Vaccination returns of the Province of Eastern Bengal and Assam - 1905-1912
Year: 1905
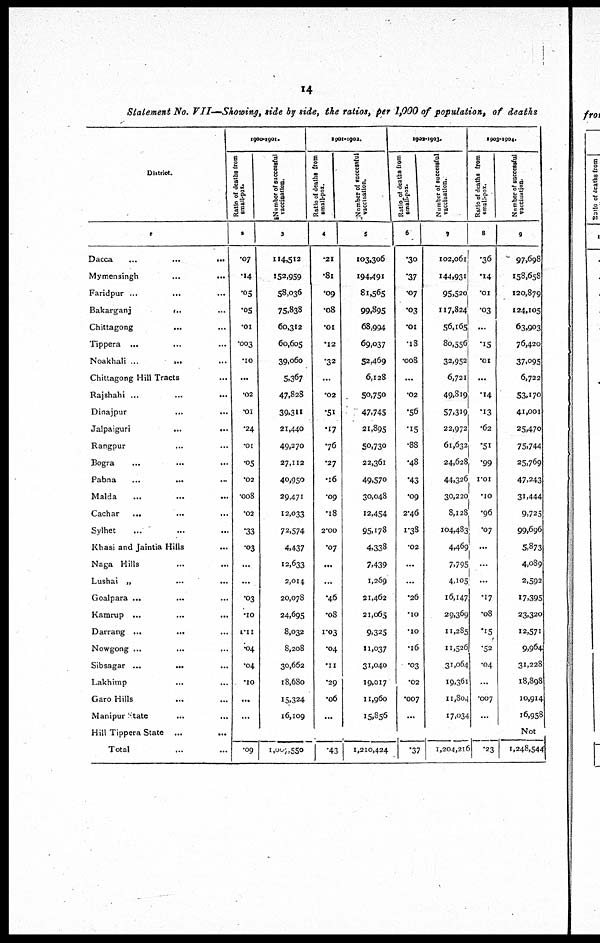
14
Statement No. VII— Showing, side by side, the ratios, per 1,000 of population, of deaths
District.
1
Dacca
...
...
...
Mymensingh
...
...
Faridpur ...
...
Bakarganj
... ...
Chittagong
... ...
Tippera ... ... ...
Noakhali ...
...
...
Chittagong Hill Tracts ...
Rajshahi ...
...
...
Dinajpur
... ...
Jalpaiguri
...
...
Rangpur ... ...
Bogra ... ... ...
Pabna ... ... ...
Malda
... ... ...
Cachar
...
...
...
Sylhet ... ... ...
Khasi and Jaintia Hills ...
Naga Hills ... ...
Lushai „
...
...
Goalpara ...
... ...
Kamrup ...
...
...
Darrang ...
... ...
Nowgong ... ... ...
Sibsagar ...
...
...
Lakhimp
...
...
Garo Hills
... ...
Manipur
State
...
...
Hill Tippera State ... ...
Total
1900-1901.
Ratio of deaths from
small-pox.
2
.07
.14
.05
.05
.01
.003
.10
. ..
.02
.01
.24
.01
.05
.02
.008
.02
.33
.03
...
...
.03
.10
1.11
.04
.04
.10
...
...
Number of successful
vaccination.
3
114,512
152,959
58,036
75,838
60,312
60,605
39,060
5,367
47,828
39,311
21,440
49,270
27,112
40,950
29,471
12,033
72,574
4,437
12,633
2,014
20,078
24,695
8,032
8,208
30,662
18,680
15,324
16,109
1901-1902.
Ratio of deaths from
small-pox.
4
.21
.81
.09
.08
.01
.12
.32
...
.02
.51
.17
.76
.27
.16
.09
.18
2.00
.07
. ..
...
.46
.08
1.03
.04
.11
.29
.06
...
Number of successful
vaccination.
5
103,306
194,491
81,565
99,895
68,994
69,037
52,469
6,128
50,750
47,745
21,895
50,730
22,361
49,570
30,048
12,454
95,178
4,338
7,439
1,269
21,462
21,065
9,325
11,037
31,040
19,017
11,960
15,856
1902-1903.
Ratio of deaths from
small-pox.
6
.30
.37
.07
.03
.01
.18
.008
...
.02
.56
.15
.88
.48
.43
.09
2.46
1.38
.02
...
...
.26
.10
.10
.16
.03
.02
.007
...
Number of successful
vaccination.
7
102,061
144,931
95,520
117,824
56,165
80,556
32,952
6,721
49,819
57,319.
22,972
61,632
24,628.
44,326
30,220
8,128
104,483
4,469
7,795
4,105
16,147
29,369
11,285
11,526
31,064
19,361
11,804
17,034
1903-1904.
Ratio of deaths from
small-pox.
8
.36
.14
.01
.03
...
.15
.01
...
.14
*I3
.62
.51
.99
1.01
.10
.96
.07
...
...
...
.17
.08
.15
.52
.04
...
.007
...
Number of successful
vaccination.
9
97,698
158,658
120,879
124,105
63,903
76,420
37,095
6,722
53,170
41,001
25,470
75,744
25,769
47,243
31,444
9,725
99,696
5,873
4,089
2,592
17,395
23,320
12,571
9,964
31,228
18,898
10,914
16,958
Not
.09
1,007,550
.43
1,210,424
.37
1,204,216
.23
1,248,544